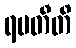
ရမတီတိ